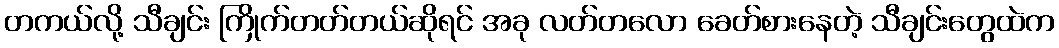
တကယ်လို့ သီချင်း ကြိုက်တတ်တယ်ဆိုရင် အခု လတ်တလော ခေတ်စားနေတဲ့ သီချင်းတွေထဲက